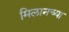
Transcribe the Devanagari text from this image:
मिलानच्या